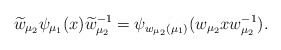
\begin{align*} \widetilde{w}_{\mu_2}\psi_{\mu_1}(x)\widetilde{w}_{\mu_2}^{-1}=\psi_{w_{\mu_2}(\mu_1)}(w_{\mu_2}xw_{\mu_2}^{-1}).\end{align*}